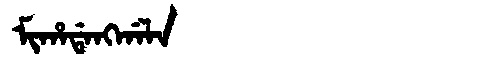
Manchu: ᠮᡳᡥᠠᡩᠠᠩᡤᠠᠯᠠ
Romanization: MIHADANGGALA